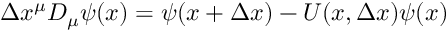
\Delta x ^ { \mu } D _ { \mu } \psi ( x ) = \psi ( x + \Delta x ) - U ( x , \Delta x ) \psi ( x )